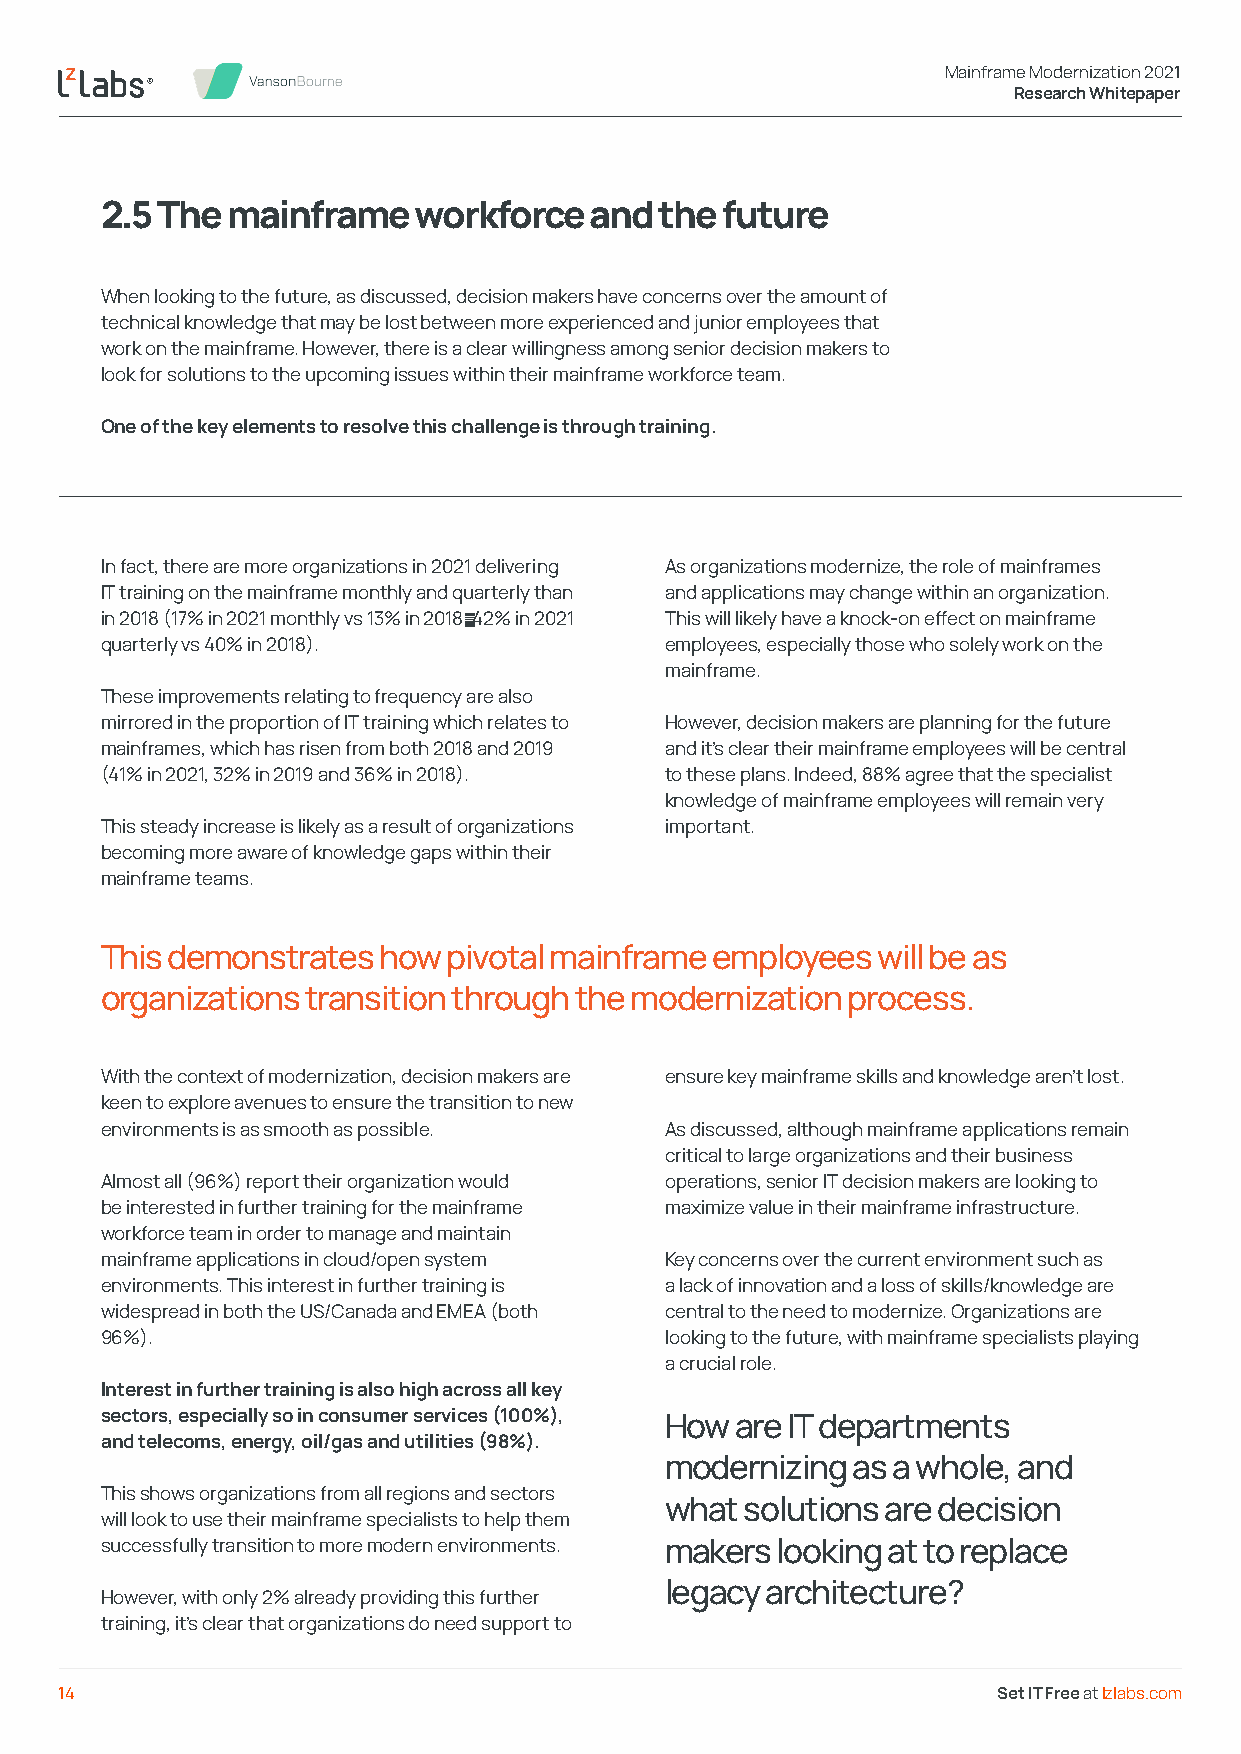
Mainframe Modernization 2021
 Research Whitepaper
 2.5 The mainframe   workforce   and  the future
 When looking to the future, as discussed, decision makers have concerns over the amount of
 technical knowledge that may be lost between more experienced and junior employees that
 work on the mainframe. However, there is a clear willingness among senior decision makers to
 look for solutions to the upcoming issues within their mainframe workforce team.
 One of the key elements to resolve this challenge is through training.
 In fact, there are more organizations in 2021 delivering As organizations modernize, the role of mainframes
 IT training on the mainframe monthly and quarterly than and applications may change within an organization.
 in 2018 (17% in 2021 monthly vs 13% in 2018; 42% in 2021 This will likely have a knock-on effect on mainframe
 quarterly vs 40% in 2018).           employees, especially those who solely work on the
 mainframe.
 These improvements relating to frequency are also
 mirrored in the proportion of IT training which relates to However, decision makers are planning for the future
 mainframes, which has risen from both 2018 and 2019 and it’s clear their mainframe employees will be central
 (41% in 2021, 32% in 2019 and 36% in 2018). to these plans. Indeed, 88% agree that the specialist
 knowledge of mainframe employees will remain very
 This steady increase is likely as a result of organizations important.
 becoming more aware of knowledge gaps within their
 mainframe teams.
 This demonstrates how  pivotal mainframe employees will be as
 organizations transition through the modernization process.
 With the context of modernization, decision makers are ensure key mainframe skills and knowledge aren’t lost.
 keen to explore avenues to ensure the transition to new
 environments is as smooth as possible. As discussed, although mainframe applications remain
 critical to large organizations and their business
 Almost all (96%) report their organization would operations, senior IT decision makers are looking to
 be interested in further training for the mainframe maximize value in their mainframe infrastructure.
 workforce team in order to manage and maintain
 mainframe applications in cloud/open system Key concerns over the current environment such as
 environments. This interest in further training is a lack of innovation and a loss of skills/knowledge are
 widespread in both the US/Canada and EMEA (both central to the need to modernize. Organizations are
 96%).                                looking to the future, with mainframe specialists playing
 a crucial role.
 Interest in further training is also high across all key
 sectors, especially so in consumer services (100%), How are IT departments
 and telecoms, energy, oil/gas and utilities (98%).
 modernizing as a whole, and
 This shows organizations from all regions and sectors
 what solutions are decision
 will look to use their mainframe specialists to help them
 successfully transition to more modern environments. makers looking at to replace
 legacy architecture?
 However, with only 2% already providing this further
 training, it’s clear that organizations do need support to
 14                                                            Set IT Free at lzlabs.com